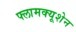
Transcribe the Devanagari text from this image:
फ्लामक्यूशेन